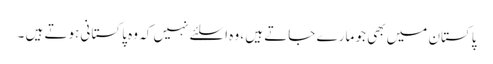
پاکستان میں بھی جو مارے جاتے ہیں ، وہ اسلئے نہیں کہ وہ پاکستانی ہوتے ہیں ۔